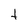
Character: t